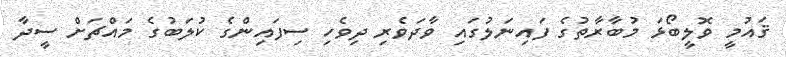
ޤައުމީ ވޮލީބޯޅަ މުބާރާތުގެ ފައިނަލުގައި ވާދަވެރި ދިވެހި ސިފައިންގެ ކުލަބުގެ މައްޗަށް ސީދާ